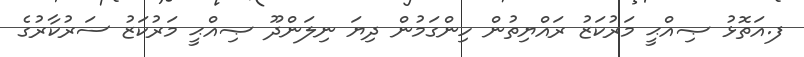
ފ.އަތޮޅު ޞިއްޙީ މަރުކަޒު ރައްޔިތުން ހިންގަމުން ދިޔަ ނިލަންދޫ ޞިއްޙީ މަރުކަޒު ސަރުކާރުގެ